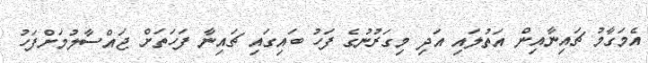
އެމަގާމު ޗައިނާއިން އަތުލައި އަދި މިގަރުނުގެ ފަހު ބައިގައި ޗައިނާ ފަހަތަށް ޖައްސާލުމަށްފަހު